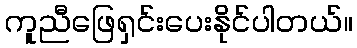
ကူညီဖြေရှင်းပေးနိုင်ပါတယ်။